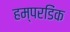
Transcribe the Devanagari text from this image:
हम्परडिंक